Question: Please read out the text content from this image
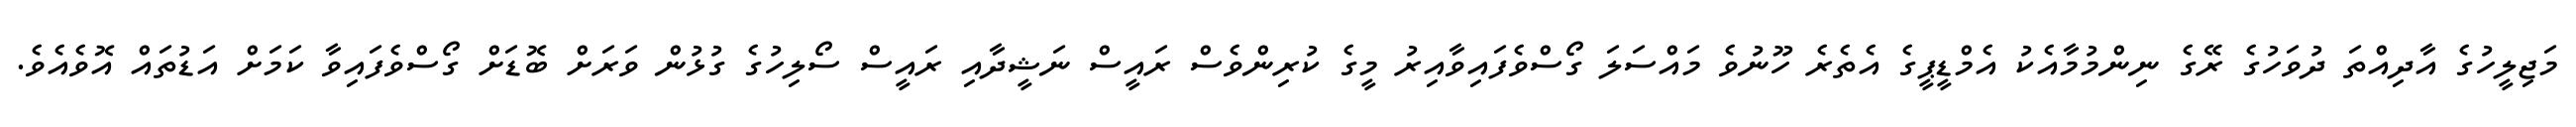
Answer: މަޖިލީހުގެ އާދިއްތަ ދުވަހުގެ ރޭގެ ނިންމުމާއެކު އެމްޑީޕީގެ އެތެރެ ހޫނުވެ މައްސަލަ ގޯސްވެފައިވާއިރު މީގެ ކުރިންވެސް ރައީސް ނަޝީދާއި ރައީސް ސޯލިހުގެ ގުޅުން ވަރަށް ބޮޑަށް ގޯސްވެފައިވާ ކަމަށް އަޑުތައް އޮވެއެވެ.